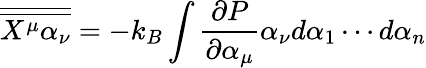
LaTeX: {\overline{{\overline{{X^{\mu}\alpha_{\nu}}}}}}=-k_{B}\int\frac{\partial P}{\partial\alpha_{\mu}}\alpha_{\nu}d\alpha_{1}\cdots d\alpha_{n}